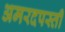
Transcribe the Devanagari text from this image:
अमरदपस्ती